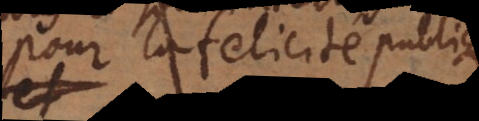
pour la felicité publique